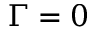
\Gamma = 0